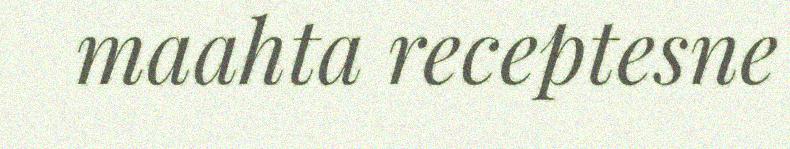
maahta receptesne